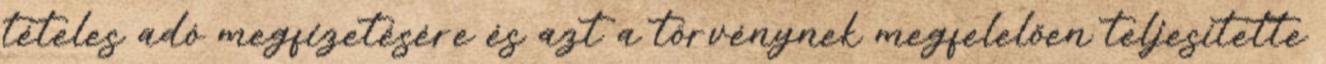
tételes adó megfizetésére és azt a törvénynek megfelelően teljesítette